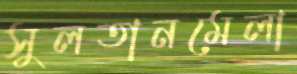
সুলতানমেলা